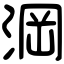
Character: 𣷣